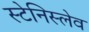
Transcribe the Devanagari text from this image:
स्टेनिस्लेव